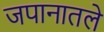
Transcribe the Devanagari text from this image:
जपानातले